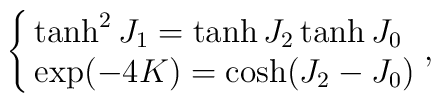
\cases{\tanh^2J_1 = \tanh J_2 \tanh J_0 \cr \exp(-4K) = \cosh (J_2 - J_0)},